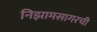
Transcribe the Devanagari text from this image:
निझामसागरची